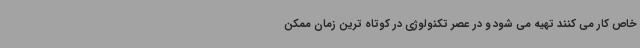
خاص کار می کنند تهیه می شود و در عصر تکنولوژی در کوتاه ترین زمان ممکن